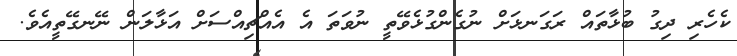
ކެހެރި ދިގު ބުޅާތައް ރަގަނޅަށް ނުގެންގުޅެވޭތީ ނުވަތަ އެ އެއްޗިއްސަށް އަޅާލަން ނޭނގޭތީއެވެ.